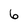
Character: 6